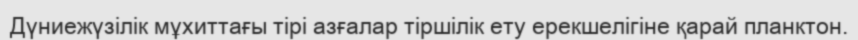
Дүниежүзілік мұхиттағы тірі азғалар тіршілік ету ерекшелігіне қарай планктон.